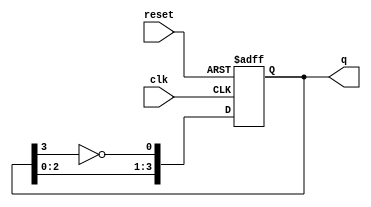
module JohnsonCounter #(
    parameter N = 4  // Number of flip-flops
)(
    input wire clk,       // Clock signal
    input wire reset,     // Asynchronous reset
    output reg [N-1:0] q // Output state of the counter
);

    // Internal signal for feedback
    wire feedback;

    // Assign feedback as the inverted output of the last flip-flop
    assign feedback = ~q[N-1];

    // Sequential logic for the Johnson counter
    always @(posedge clk or posedge reset) begin
        if (reset) begin
            // Asynchronous reset
            q <= 0;
        end else begin
            // Shift the values and apply feedback
            q <= {q[N-2:0], feedback};
        end
    end

endmodule